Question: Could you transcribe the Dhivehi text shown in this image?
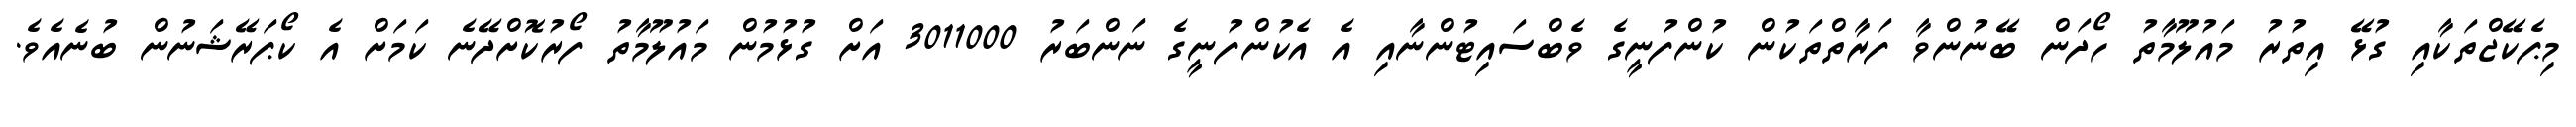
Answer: މިޕެކޭޖްތަކާއި ގުޅޭ އިތުރު މައުލޫމާތު ހޯދަން ބޭނުންވާ ފަރާތްތަކުން ކުންފުނީގެ ވެބްސައިޓުންނާއި އެ އެކުންފުނީގެ ނަންބަރު 3011000 އަށް ގުޅުމުން މައުލޫމާތު ފޯރުކޮށްދޭނެ ކަމަށް އެ ކޯޕަރޭޝަނުން ބުނެއެވެ.